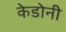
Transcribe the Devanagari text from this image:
केडोनी